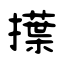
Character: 擛